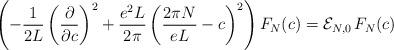
LaTeX: \begin{align*} \left(-\frac{1}{2L}\left( \frac{\partial}{\partial c} \right )^2 + \frac{e^2L}{2\pi}\left( \frac{2\pi N}{eL} -c \right )^ 2 \right)F_N(c)= {\cal E}_{N,0}\, F_N(c)\end{align*}